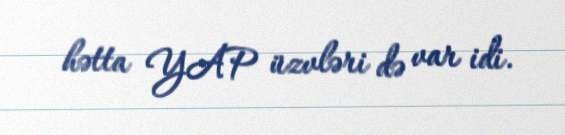
hətta YAP üzvləri də var idi.